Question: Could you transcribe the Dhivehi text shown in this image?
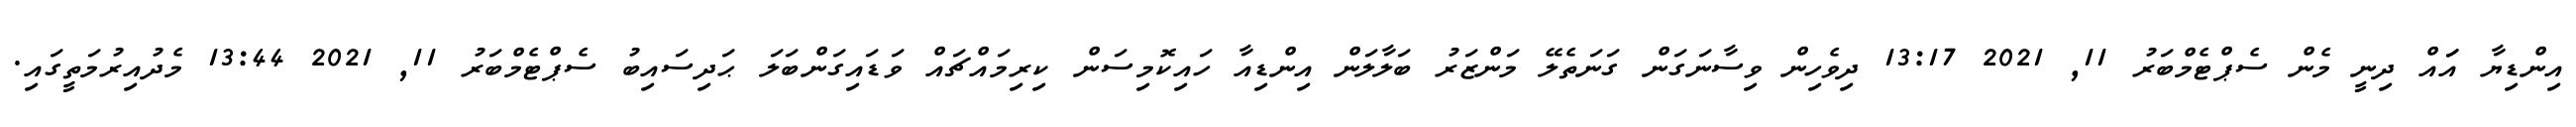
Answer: އިންޑިޔާ އަައް ދިނީ މެން ސެޕްޓެމްބަރު 11, 2021 13:17 ދިވެހިން ވިސާނަގަން ގަނަތެލޭ މަންޒަރު ބަލާލަން އިންޑިއާ ހައިކޮމިސަން ކިރިމައްޗައް ވަޑައިގަންބަލަ ޙަދިސައިބު ސެޕްޓެމްބަރު 11, 2021 13:44 މެދުއިރުމަތީގައި.